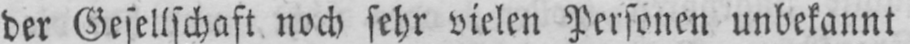
der Gesellschaft noch sehr vielen Personen unbekannt